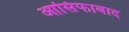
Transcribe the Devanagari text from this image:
आसिफाबाद